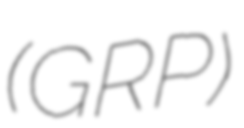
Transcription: (GRP)